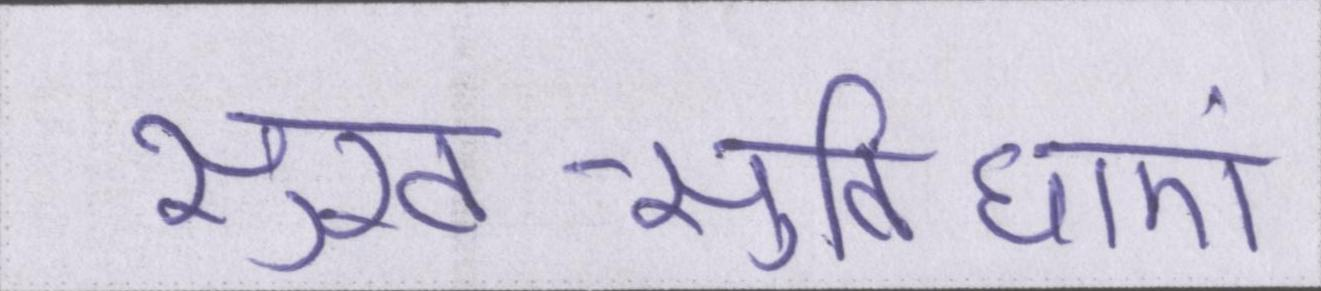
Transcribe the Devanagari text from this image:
सुख-सुविधाएं